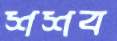
শশব